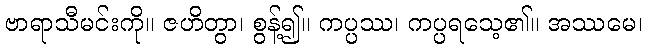
ဗာရာသီမင်းကို။ ဇဟိတွာ၊ စွန့်၍။ ကပ္ပဿ၊ ကပ္ပရသေ့၏။ အဿမေ၊